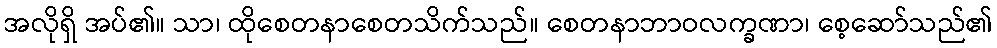
အလိုရှိ အပ်၏။ သာ၊ ထိုစေတနာစေတသိက်သည်။ စေတနာဘာဝလက္ခဏာ၊ စေ့ဆော်သည်၏